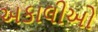
અકાલીઓ